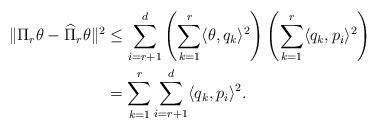
LaTeX: \begin{align*} \| \Pi_r\theta-\widehat \Pi_r\theta\|^2& \leq \sum_{i=r+1}^d \left( \sum_{k=1}^r \langle \theta, q_k \rangle^2\right) \left( \sum_{k=1}^r \langle q_k,p_i\rangle^2\right) \\ & = \sum_{k=1}^r \sum_{i=r+1}^d \langle q_k,p_i\rangle^2.\end{align*}